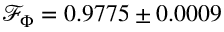
\mathcal { F } _ { \Phi } = 0 . 9 7 7 5 \pm 0 . 0 0 0 9